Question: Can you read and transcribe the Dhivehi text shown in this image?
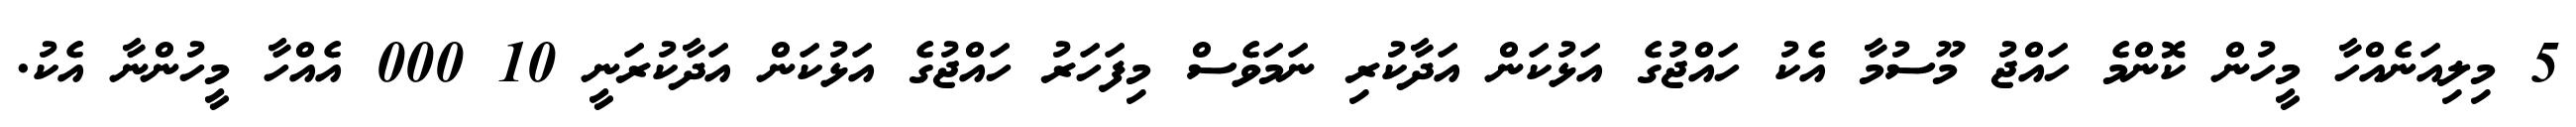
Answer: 5 މިލިއަނެއްހާ މީހުން ކޮންމެ ހައްޖު މޫސުމާ އެކު ހައްޖުގެ އަޅުކަން އަދާކުރި ނަމަވެސް މިފަހަރު ހައްޖުގެ އަޅުކަން އަދާކުރަނީ 10 000 އެއްހާ މީހުންނާ އެކު.